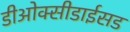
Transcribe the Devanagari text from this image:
डीओक्सीडाईसड